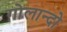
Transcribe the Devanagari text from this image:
गोलान्दो